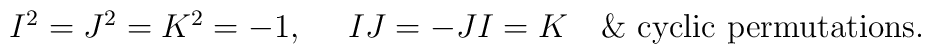
\matrix{I^2=J^2=K^2=-1,\,\,\,&IJ=-JI=K \,\,\,\,\,\, \&\,\, {\rm cyclic} \,\, {\rm permutations}.}